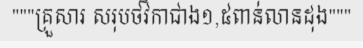
"""គ្រួសារ សរុបថវិកាជាង១,៥ពាន់លានដុង"""